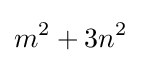
m^{2}+3n^{2}